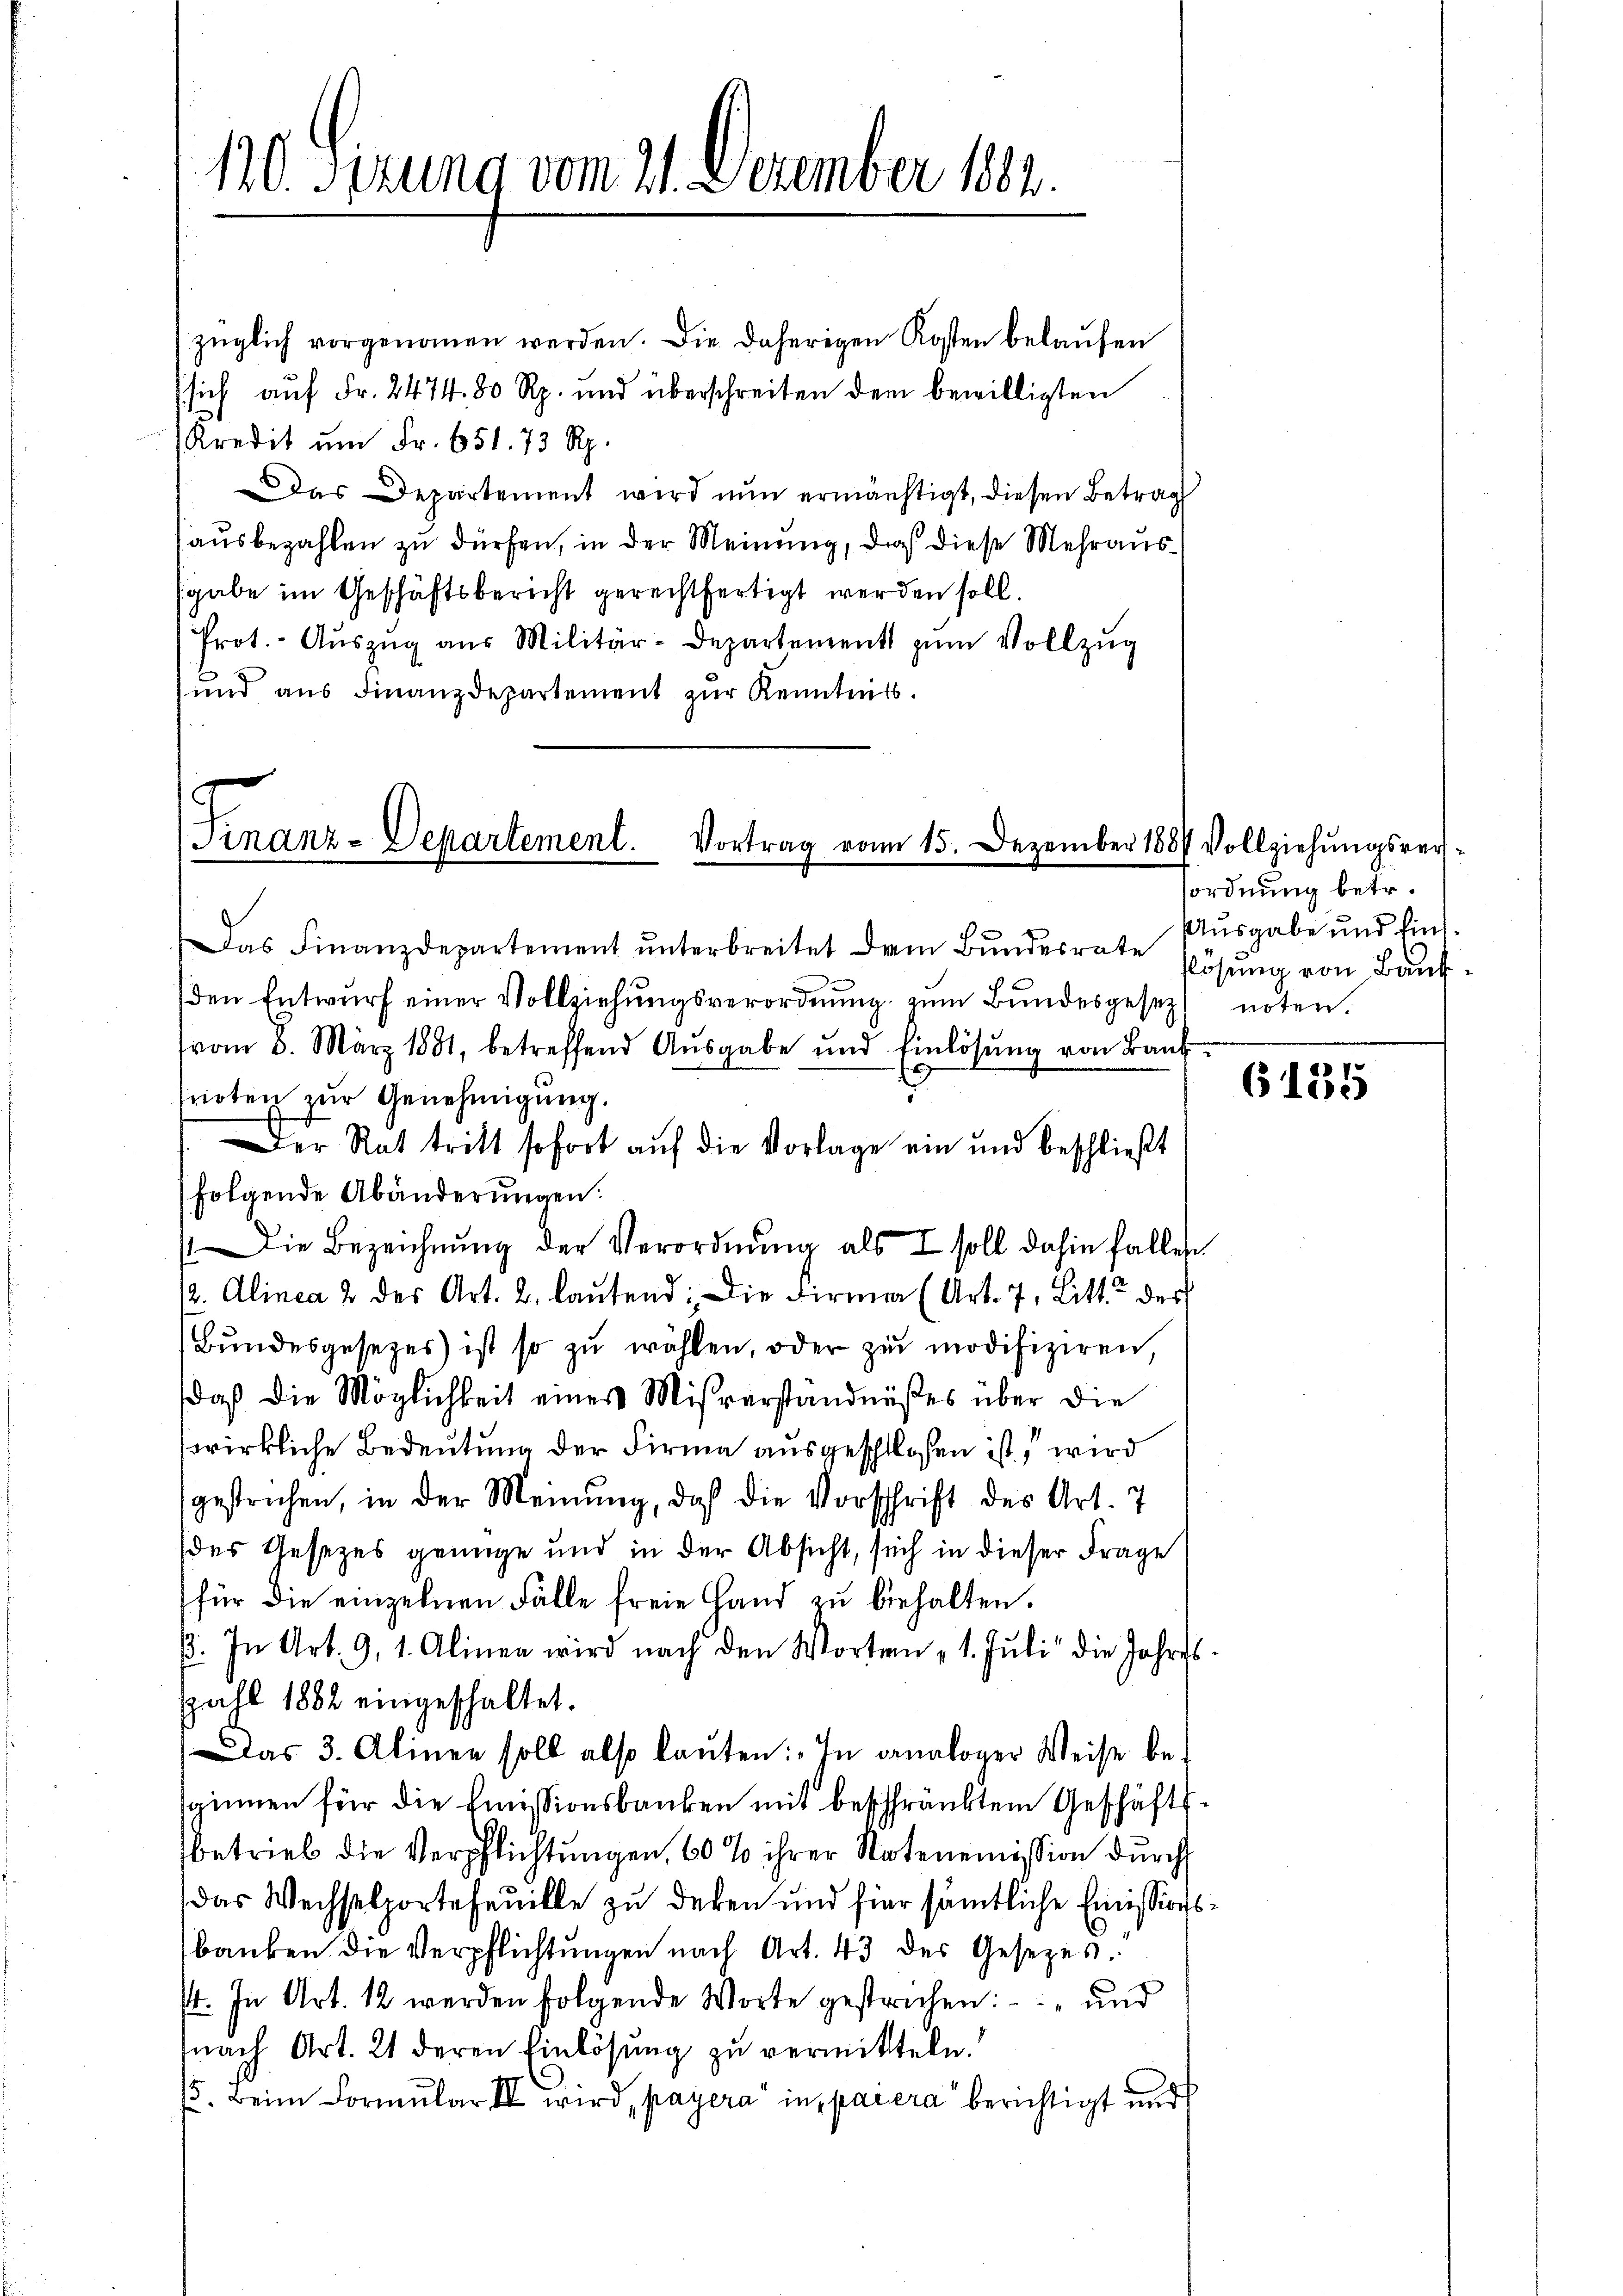
120. Sizung vom 21. Dezember 1884.

züglich vorgenoṁen werden. Die daherigen Kosten belaŭfen
(sich auf Fr. 2474. 80 Rp. und überschreiten dem bewilligten
Kredit ŭm Fr. 651. 73 Rp.
Das Departement wird nun ermächtigt, diesen Betrag
ausbezahlen zu dürfen, in der Meinung, daß diese Mehraussgabe im Geschäftsbericht gerechtfertigt werden soll.
Prot.- Aŭszŭg aŭs Militär-Departement zŭm Vollzŭg
und aŭs Finanzdepartement zŭr Kenntniss.

Finanz-Departement.
Vortrag vom 15. Dezember 1887 Vollziehŭngsver-

.
Das Finanzdepartement unterbreitet dem Bundesrate
den Entwurf einer Vollziehungsverordnung zum Bundesgesetz noten.
(vom 8. März 1881, betreffend Aŭsgabe und Einlösŭng von Bank
noten zur Genehmigung.
Der Rat tritt sofort auf die Vorlage ein und beschließt
folgende Abänderungen:
Die Bezeichnŭng der Verordnung als soll dahin fallen
(2. Alinea 2 des Art. 2. laŭtend: Die Firma (Art. 7, Litte des
(Bŭndesgesetzes ist so zŭ wählen, oder zŭ modifiziren,
daß die Möglichkeit eines Misverständnißes über die
wirkliche Bedeutung der Firma ausgeschloßen ist, wird
gestrichen, in der Meinung, daß die Vorschrift des Art. 7
des Gesezes genüge und in der Absicht, sich in dieser Frage
für die einzelnen Fälle freie Hand zu behalten.
B. In Art. 9, 1. Alinen wird nach den Worten 1. Juli die Jahres.
Zahl 1882 eingeschaltet.
Das 3. Alinee soll also lauten: „In danaloger Weise bespinnen für die Emissionsbanken mit beschränktem Geschäftsbetrieb die Verpflichtungen, 60% ihrer Notenemission durch
das Wechselportefeuille zu deken und hier sämtliche Einissionsbanken die Verpflichtungen nach Art. 43 des Gesetzes.
s. In Art. 12 werden folgende Worte gestrechen: " und
nach Art. 21 deren Einlösung zu vermitteln.
(. Beim Formŭlar II wird, payera“ in paiera berichtigt und

sordnung betr.
Ausgabe und findslösung von Bauf

6135